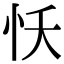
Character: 㤇